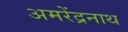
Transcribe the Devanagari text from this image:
अमरेंद्रनाथ